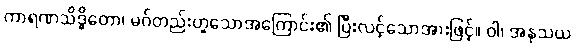
ကာရဏသိဒ္ဓိတော၊ မဂ်တည်းဟူသောအကြောင်း၏ ပြီးလင့်သောအားဖြင့်။ ဝါ၊ အနုသယ